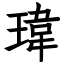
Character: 瑋